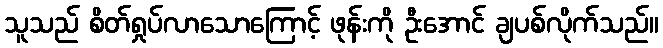
သူသည် စိတ်ရှုပ်လာသောကြောင့် ဖုန်းကို ဦးအောင် ချပစ်လိုက်သည်။